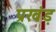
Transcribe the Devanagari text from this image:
प्रखंड़